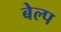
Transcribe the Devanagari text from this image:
बेल्प